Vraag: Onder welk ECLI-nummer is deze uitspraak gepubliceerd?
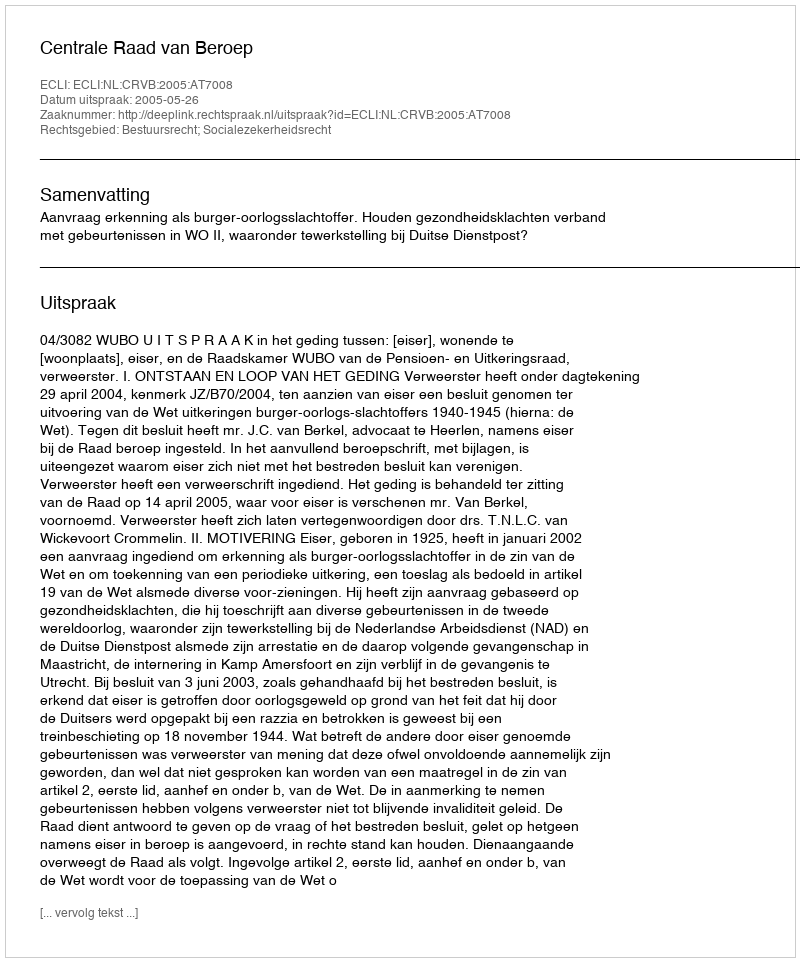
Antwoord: ECLI:NL:CRVB:2005:AT7008